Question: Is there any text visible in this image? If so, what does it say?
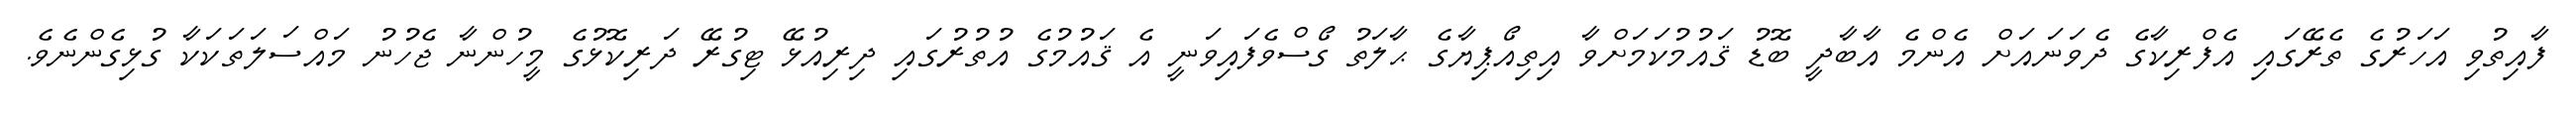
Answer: ފާއިތުވި އަހަރުގެ ތެރޭގައި އެފްރިކާގެ ދެވަނައަށް އެންމެ އާބާދީ ބޮޑު ޤައުމުކަމަށްވާ އިތިއޯޕިޔާގެ ޙާލަތު ގޯސްވެފައިވަނީ އެ ޤައުމުގެ އުތުރުގައި ދިރިއުޅޭ ޓިގުރޭ ދަރިކޮޅުގެ މީހުންނާ ޖެހުނު މައްސަލަތަކަކާ ގުޅިގެންނެވެ.